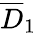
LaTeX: \overline{{D}}_{1}